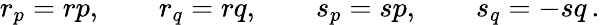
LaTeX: r_{p}=rp,\qquad r_{q}=rq,\qquad s_{p}=sp,\qquad s_{q}=-sq\, .